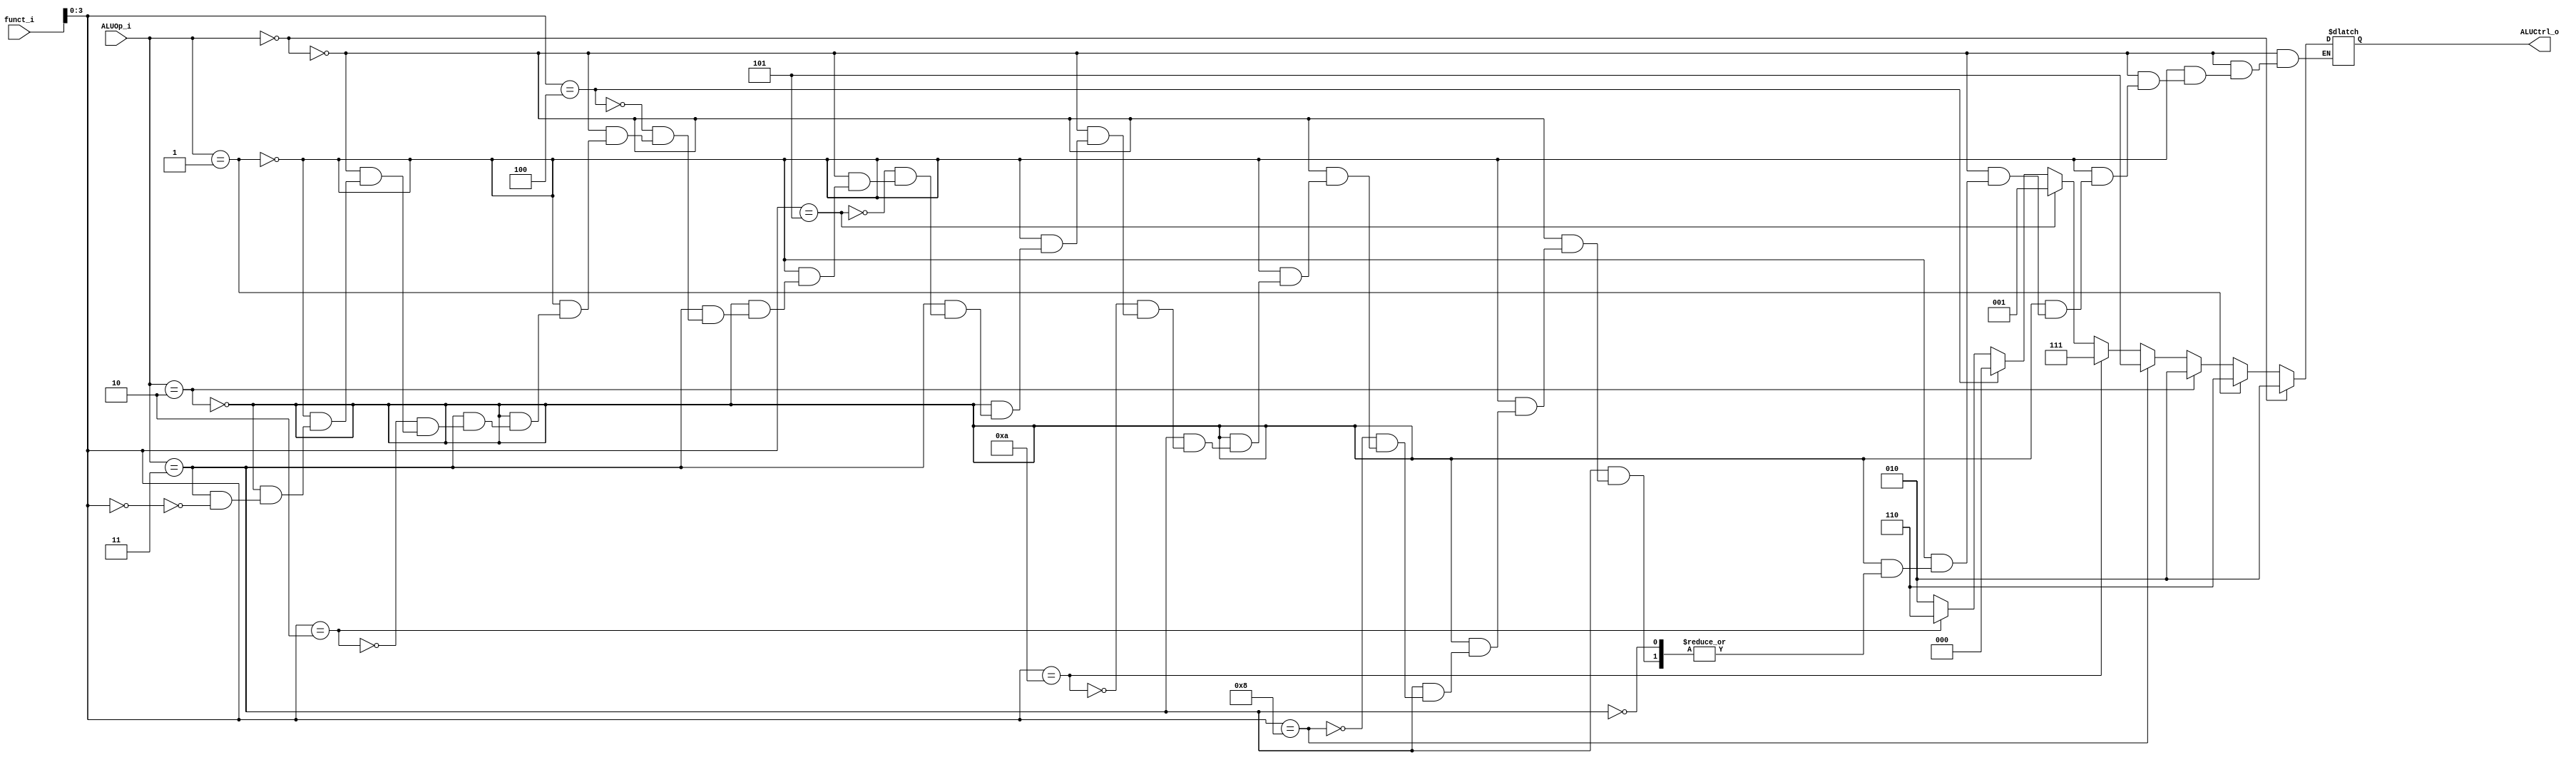
module ALU_Control (
  funct_i,
  ALUOp_i,
  ALUCtrl_o
);

input   wire  [5:0] funct_i;
input   wire  [1:0] ALUOp_i;
output  reg   [2:0] ALUCtrl_o;

always @(*) begin
  if(ALUOp_i==2'b00) begin      // Add for load/store
    ALUCtrl_o = 3'b010;   
  end
  else if(ALUOp_i==2'b01) begin  // Sub for beq
    ALUCtrl_o = 3'b110;
  end
  else if(ALUOp_i==2'b10) begin  // Andi
    ALUCtrl_o = 3'b010;
  end
  else if(ALUOp_i==2'b11) begin  // R-type -> need to refer to func field
    if(funct_i[3:0]==4'b0000) begin
      ALUCtrl_o = 3'b010;
    end
    if(funct_i[3:0]==4'b0010) begin
      ALUCtrl_o = 3'b110;
    end
    if(funct_i[3:0]==4'b0100) begin
      ALUCtrl_o = 3'b000;
    end
    if(funct_i[3:0]==4'b0101) begin
      ALUCtrl_o = 3'b001;
    end
    if(funct_i[3:0]==4'b1010) begin
      ALUCtrl_o = 3'b111;
    end
    if(funct_i[3:0]==4'b1000) begin
      ALUCtrl_o = 3'b101;
    end
  end
end
endmodule